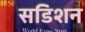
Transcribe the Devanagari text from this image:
सडिशन